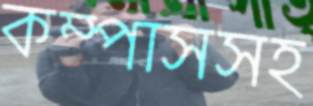
কম্পাসসহ